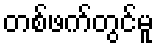
တစ်ဖက်တွင်မူ